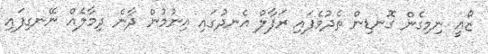
ޒޯއީ ނިމިގެން ގޮނޑިން ތެދުވެފައި ރަފާލް އެނދުގައި އިނުމުން ދާނެ ދިމާލެއް ނޭނގިފައި